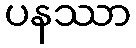
ပနဿာ